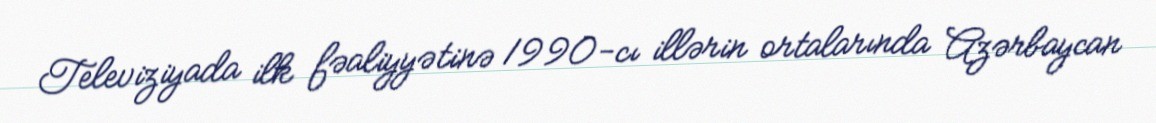
Televiziyada ilk fəaliyyətinə 1990-cı illərin ortalarında Azərbaycan